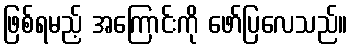
ဖြစ်ရမည့် အကြောင်းကို ဖော်ပြလေသည်။